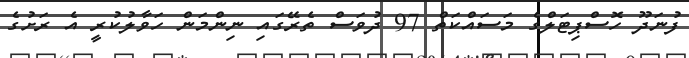
ފުނަދޫ ހޮސްޕިޓަލްގެ މަސައްކަތް 97 ދުވަސް ތެރޭގައި ނިންމަން ހަވާލުކުރީ އެ ރަށުގެ